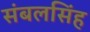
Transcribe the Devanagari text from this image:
संबलसिंह